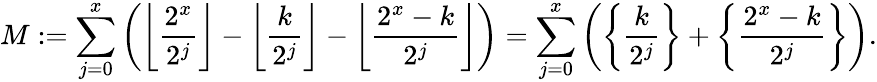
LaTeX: M:=\sum_{j=0}^{x}\left(\left\lfloor\frac{2^{x}}{2^{j}}\right\rfloor-\left\lfloor\frac{k}{2^{j}}\right\rfloor-\left\lfloor\frac{2^{x}-k}{2^{j}}\right\rfloor\right)=\sum_{j=0}^{x}\left(\left\{ \frac{k}{2^{j}}\right\} +\left\{ \frac{2^{x}-k}{2^{j}}\right\} \right).